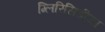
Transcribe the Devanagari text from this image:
ग्लिरिसिडीया